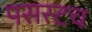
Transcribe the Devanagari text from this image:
पसरटच